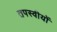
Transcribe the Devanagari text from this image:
तपस्वीयों